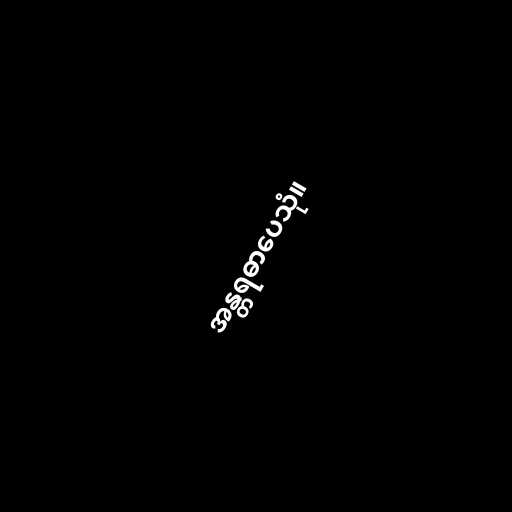
အန္တရဓာပေသုံ။